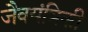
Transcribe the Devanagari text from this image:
जैवयंत्रिकी